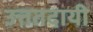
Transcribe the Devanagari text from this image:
उत्ततदायी